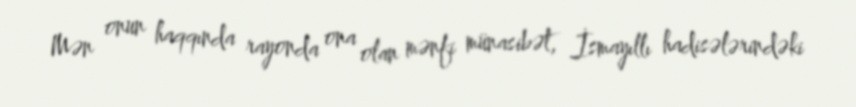
Mən onun haqqında rayonda ona olan mənfi münasibət, İsmayıllı hadisələrindəki